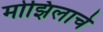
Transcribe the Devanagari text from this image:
मोझिलाचे